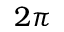
2 \pi